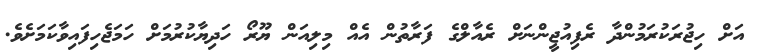
އަށް ހިޖުރަކުރަމުންދާ ރެފިއުޖީންނަށް ރެއާލްގެ ފަރާތުން އެއް މިލިއަން ޔޫރޯ ހަދިޔާކުރުމަށް ހަމަޖެހިފައިވާކަމަށެވެ.